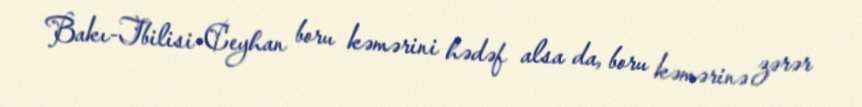
Bakı-Tbilisi-Ceyhan boru kəmərini hədəf alsa da, boru kəmərinə zərər